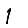
Digit: 1